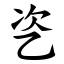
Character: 乲